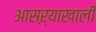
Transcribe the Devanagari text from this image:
आसऱ्याखाली